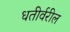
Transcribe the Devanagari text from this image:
धतीर्वरील